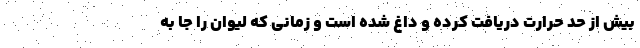
بیش از حد حرارت دریافت کرده و داغ شده است و زمانی که لیوان را جا به